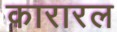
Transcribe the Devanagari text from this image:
कारारल